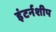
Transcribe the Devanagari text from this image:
इंटर्नशीप